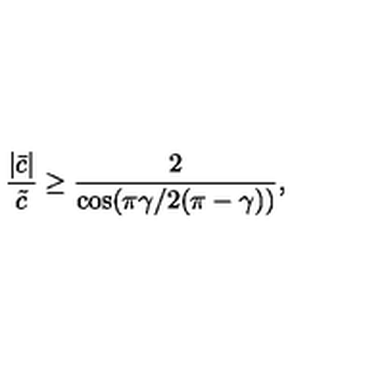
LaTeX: \frac { | \bar { c } | } { \tilde { c } } \geq \frac { 2 } { \cos ( \pi \gamma / 2 ( \pi - \gamma ) ) } ,